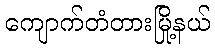
ကျောက်တံတားမြို့နယ်